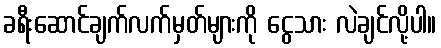
ခရီးဆောင်ချက်လက်မှတ်များကို ငွေသား လဲချင်လို့ပါ။